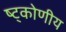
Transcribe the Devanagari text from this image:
ष्ट्कोणीय